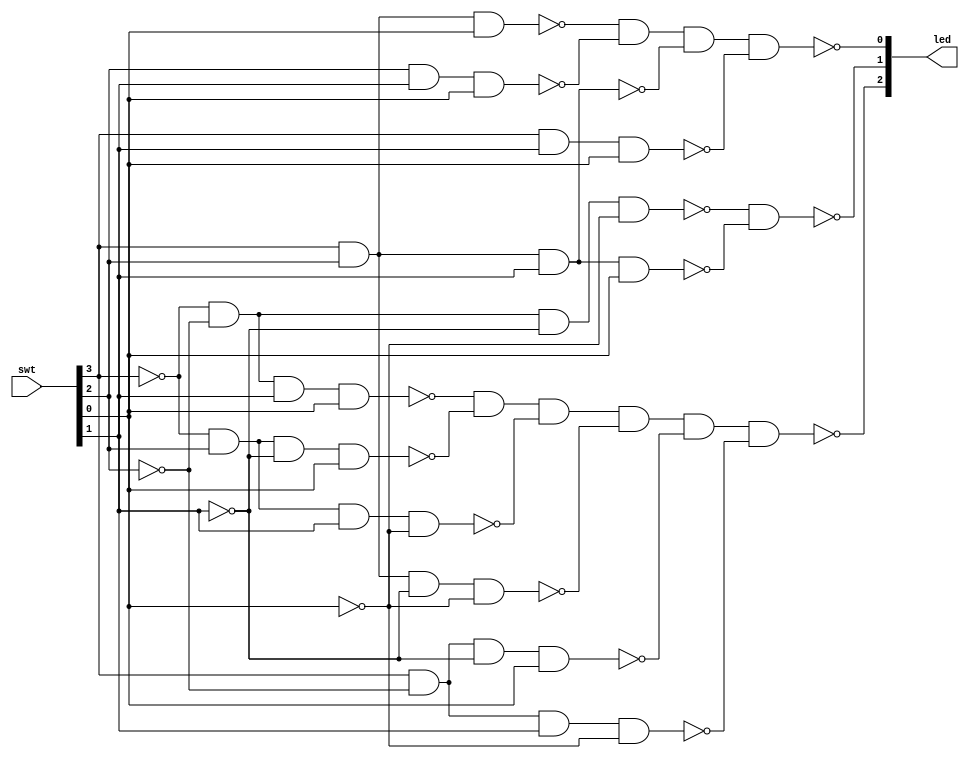
`timescale 1ns / 1ps
//////////////////////////////////////////////////////////////////////////////////
// Module Name: majority
//////////////////////////////////////////////////////////////////////////////////

//SW[3] = A , SW[2] = B , SW[1] = C , SW[0] = D
//LD[0] = M , LD[1] = U , LD[2] = T

module majority(
    input [3:0] swt,
    output [2:0] led 
    );

    //Majority          
    assign led[0] = 
    !(!(swt[3]&swt[2]&swt[0])       //ABD
    & !(swt[2]&swt[1]&swt[0])       //BCD
    & !(swt[3]&swt[2]&swt[1])       //ABC
    & !(swt[3]&swt[1]&swt[0]));     //ACD
    
    //Unanimous
    assign led[1] = 
    !(!(!swt[3]&!swt[2]&!swt[1]&!swt[0])     //A'B'C'D'
    & !(swt[3]&swt[2]&swt[1]&swt[0]));      //ABCD
    
    //Tie - 
    assign led[2] = 
    !(!(!swt[3] & !swt[2] & swt[1] & swt[0])       //A'B'CD
    & !(!swt[3] & swt[2] & !swt[1] & swt[0])      //A'BC'D
    & !(!swt[3] & swt[2] & swt[1] & !swt[0])      //A'BCD'
    & !(swt[3] & swt[2] & !swt[1] & !swt[0])      //ABC'D'
    & !(swt[3] & !swt[2] & !swt[1] & swt[0])      //AB'C'D
    & !(swt[3] & !swt[2] & swt[1] & !swt[0]));    //AB'CD'
    
endmodule